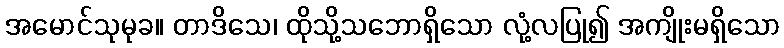
အမောင်သုမုခ။ တာဒိသေ၊ ထိုသို့သဘောရှိသော လုံ့လပြု၍ အကျိုးမရှိသော